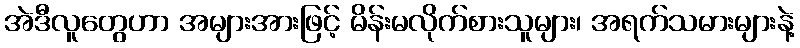
အဲဒီလူတွေဟာ အများအားဖြင့် မိန်းမလိုက်စားသူများ၊ အရက်သမားများနဲ့